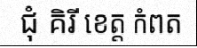
ជុំ គិរី ខេត្ត កំពត